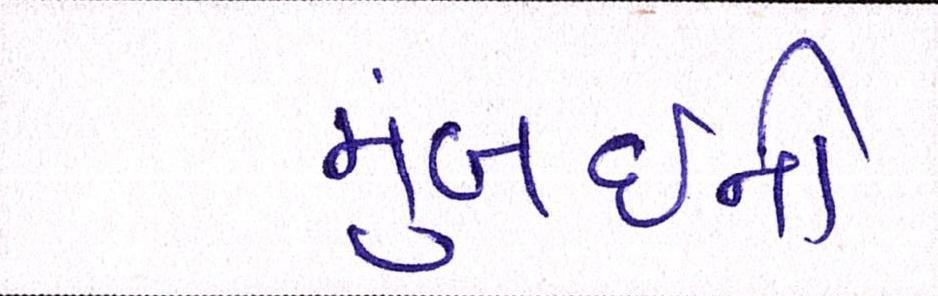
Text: મુંબઈની